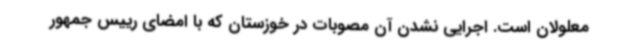
معلولان است. اجرایی نشدن آن مصوبات در خوزستان که با امضای رییس جمهور